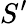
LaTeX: S^{\prime}